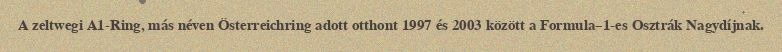
A zeltwegi A1-Ring, más néven Österreichring adott otthont 1997 és 2003 között a Formula–1-es Osztrák Nagydíjnak.